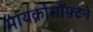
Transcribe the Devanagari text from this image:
मायक्रोसॉफ़्टने